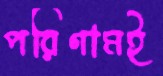
পরিণামই